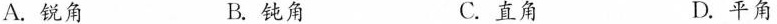
A.锐角 B.钝角 C.直角 D.平角